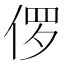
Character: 㑩